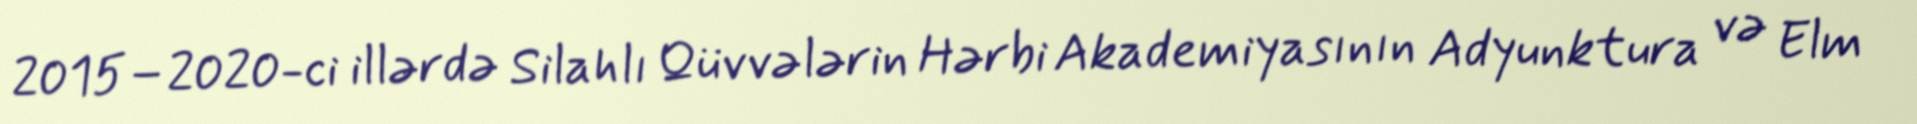
2015–2020-ci illərdə Silahlı Qüvvələrin Hərbi Akademiyasının Adyunktura və Elm